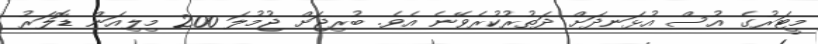
މީޓަރުގެ އުސް އުޅަނދަށް ދަތުރުކުރެވޭނެ އެވެ. ބުރިޖަށް ޖުމުލަ 200 މިލިއަން ޑޮލަރު